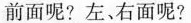
前面呢?左、右面呢?